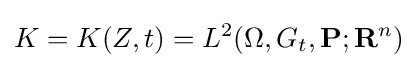
K=K(Z,t)=L^{2}(\Omega ,G_{t},\mathbf {P} ;\mathbf {R} ^{n})